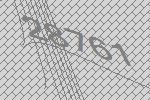
28761